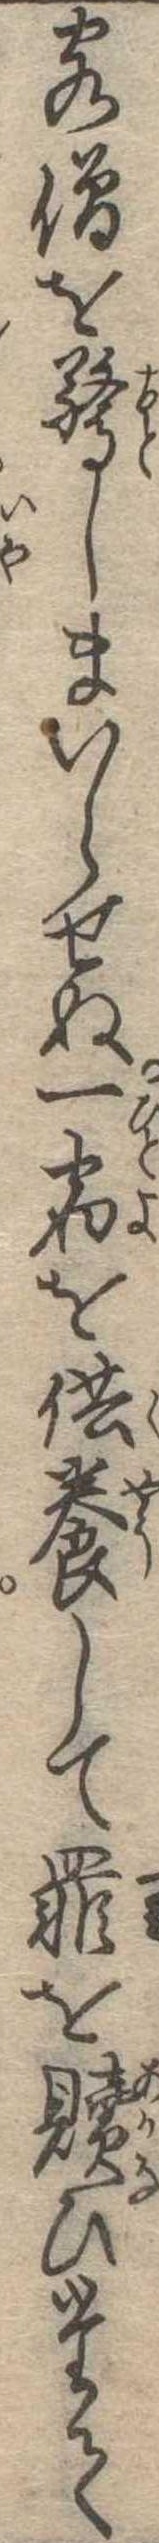
客僧を驚しまいらせぬ一宿を供養して罪を贖ひたて